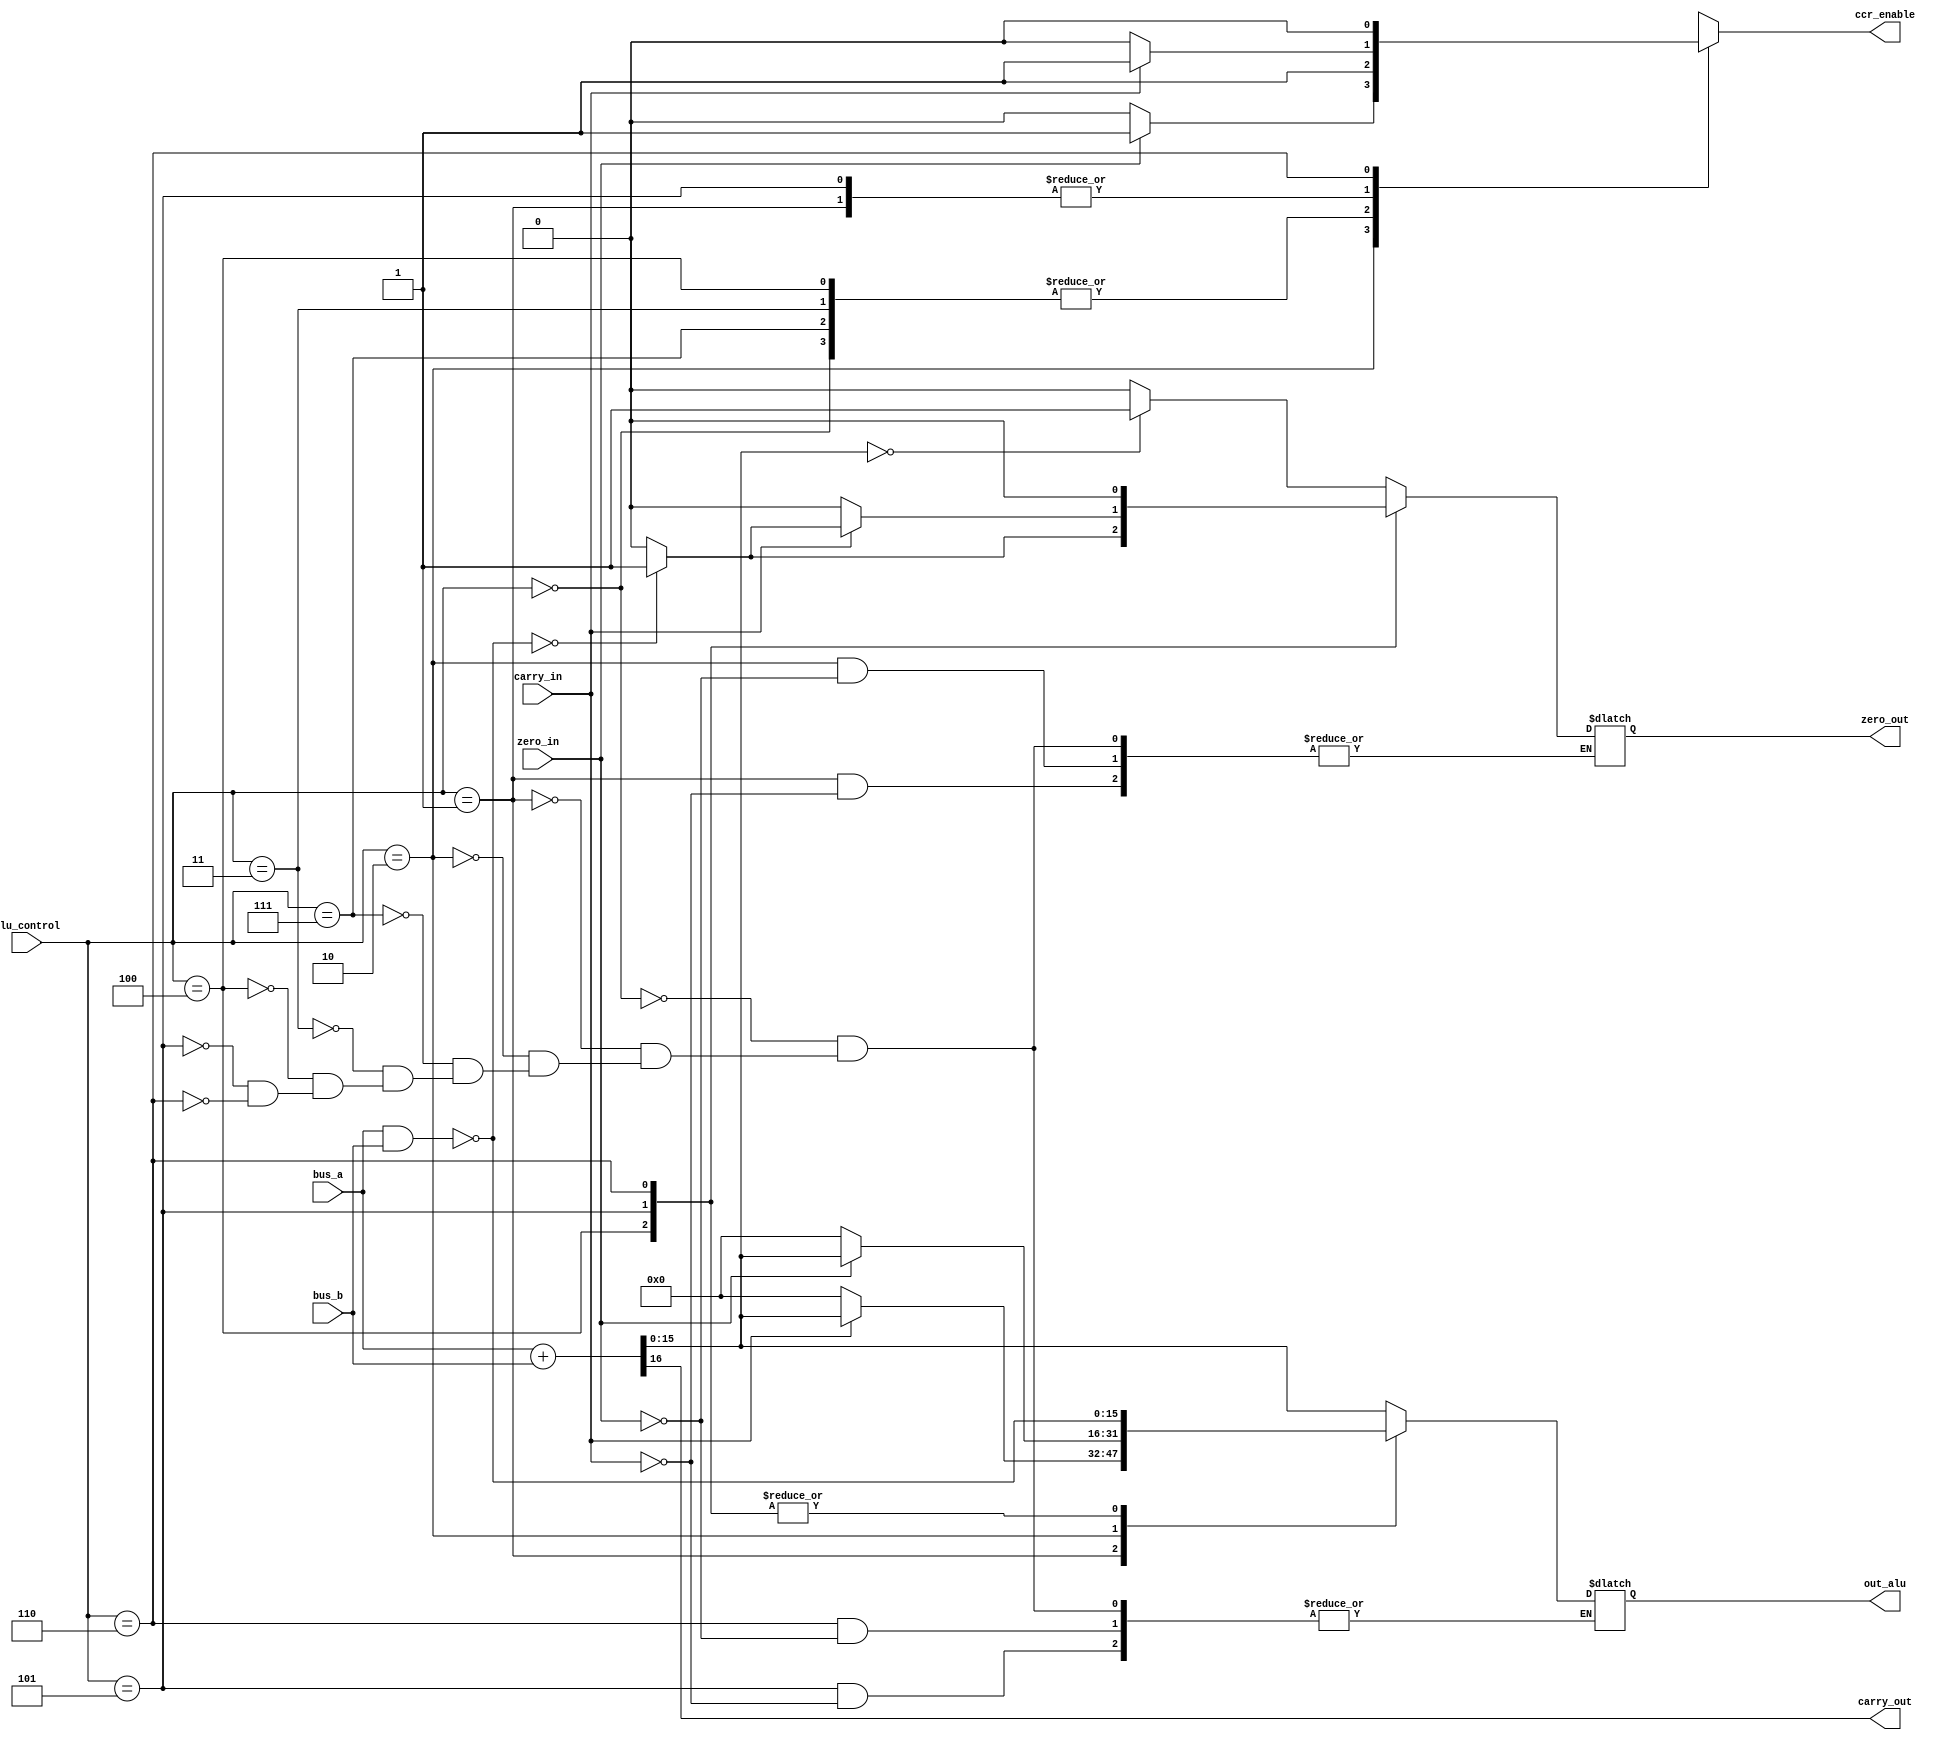
module ALU(out_alu, carry_out, zero_out, ccr_enable, bus_a, bus_b, carry_in, zero_in, alu_control);
output reg [15:0] out_alu;
output reg zero_out, ccr_enable;
output carry_out;
input [15:0] bus_a, bus_b;
input [2:0] alu_control;
input carry_in, zero_in;

wire [16:0] temp_result_add;
wire [15:0] temp_result_nand;
assign temp_result_add = {1'b0,bus_a} + {1'b0,bus_b};
assign temp_result_nand= ~(bus_a & bus_b);
assign carry_out = temp_result_add[16];
initial begin
	out_alu = 16'b0;
end

always@(alu_control, bus_a, bus_b, carry_in, zero_in, temp_result_add,temp_result_nand)
begin
	case(alu_control)
		3'b000 : //ADD----------------------------
		begin
			out_alu <= temp_result_add[15:0];
			if(temp_result_add[15:0] == 16'b0)
			begin
				zero_out <= 1'b1;
				ccr_enable <= 1'b1;
			end
			else
			begin
				zero_out <= 1'b0;
				ccr_enable <= 1'b1;
			end
		end
		3'b001 : //Add if carry is set -----------
		begin
			if(carry_in == 1'b1)
			begin
				out_alu <= temp_result_add[15:0];
				
				if(temp_result_add[15:0] == 16'b0)
				begin
					zero_out <= 1'b1;
					ccr_enable <= 1'b1;
				end
				else
				begin
					zero_out <= 1'b0;
					ccr_enable <= 1'b1;
				end
			end
			else
			begin
				out_alu <= 16'b0;
				ccr_enable <= 1'b0;
			end
		end
		3'b010 : //Add if zero is set ------------
		begin
			if(zero_in == 1'b1)
			begin
				out_alu <= temp_result_add[15:0];
				if(temp_result_add[15:0] == 16'b0) 
				begin
					zero_out <= 1'b1;
					ccr_enable <= 1'b1;
				end
				else
				begin
					zero_out <= 1'b0;
					ccr_enable <= 1'b1;
				end
			end
			else
			begin
				out_alu <= 16'b0;
				ccr_enable <= 1'b0;
			end
		end
		3'b111 : //Add immediate------------------
			begin
				out_alu <= temp_result_add[15:0];
				if(temp_result_add[15:0] == 16'b0)
				begin
					zero_out <= 1'b1;
					ccr_enable <= 1'b1;
				end
				else
				begin
					zero_out <= 1'b0;
					ccr_enable <= 1'b1;
				end
			end
			3'b011://ADD RB shifted
			begin
			out_alu <= temp_result_add[15:0];
				if(temp_result_add[15:0] == 16'b0)
				begin
					zero_out <= 1'b1;
					ccr_enable <= 1'b1;
				end
				else
				begin
					zero_out <= 1'b0;
					ccr_enable <= 1'b1;
				end
			
			end
		3'b100 : // NAND 
			begin
				out_alu <= temp_result_nand;
				if(temp_result_nand == 16'b0)
				begin
					zero_out <= 1'b1;
					ccr_enable <= 1'b1;
				end
				else
				begin
					zero_out <= 1'b0;
					ccr_enable <= 1'b1;
				end
			end
		3'b101 : // NAND if carry is set
			begin
			if(carry_in == 1'b1)
	begin
		out_alu <= temp_result_nand;
			if(temp_result_nand == 16'b0)
				begin
					zero_out <= 1'b1;
					ccr_enable <= 1'b1;
				end
			else
				begin
					zero_out <= 1'b0;
					ccr_enable <= 1'b1;
				end
    end
else
begin
			zero_out <= 1'b0;
			ccr_enable <= 1'b0;
end
end
		3'b110 : // NAND if zero is set-----------
			//
			begin
			if(zero_in == 1'b1)
			begin
				out_alu <= temp_result_nand;
				if(temp_result_nand == 16'b0)
				begin
					zero_out <= 1'b1;
					ccr_enable <= 1'b1;
				end
				else
				begin
					zero_out <= 1'b0;
					ccr_enable <= 1'b1;
				end
			end
			begin
			zero_out <= 1'b0;
			ccr_enable <= 1'b0;
end
			end
		default : begin
			out_alu <= 16'b0;
			end
	endcase
		end


endmodule